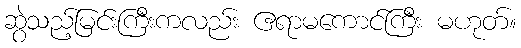
ဆွဲသည့်မြင်းကြီးကလည်း ဧရာမကောင်ကြီး မဟုတ်။